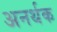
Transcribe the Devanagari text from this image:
अनर्थक